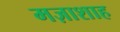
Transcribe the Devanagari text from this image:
मज़ाशाह